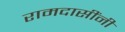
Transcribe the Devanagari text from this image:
रामदासींनी